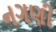
નગણી